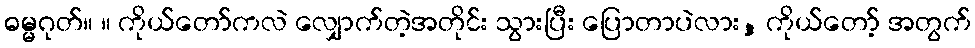
ဓမ္မဂုတ်။ ။ ကိုယ်တော်ကလဲ လျှောက်တဲ့အတိုင်း သွားပြီး ပြောတာပဲလား, ကိုယ်တော့် အတွက်